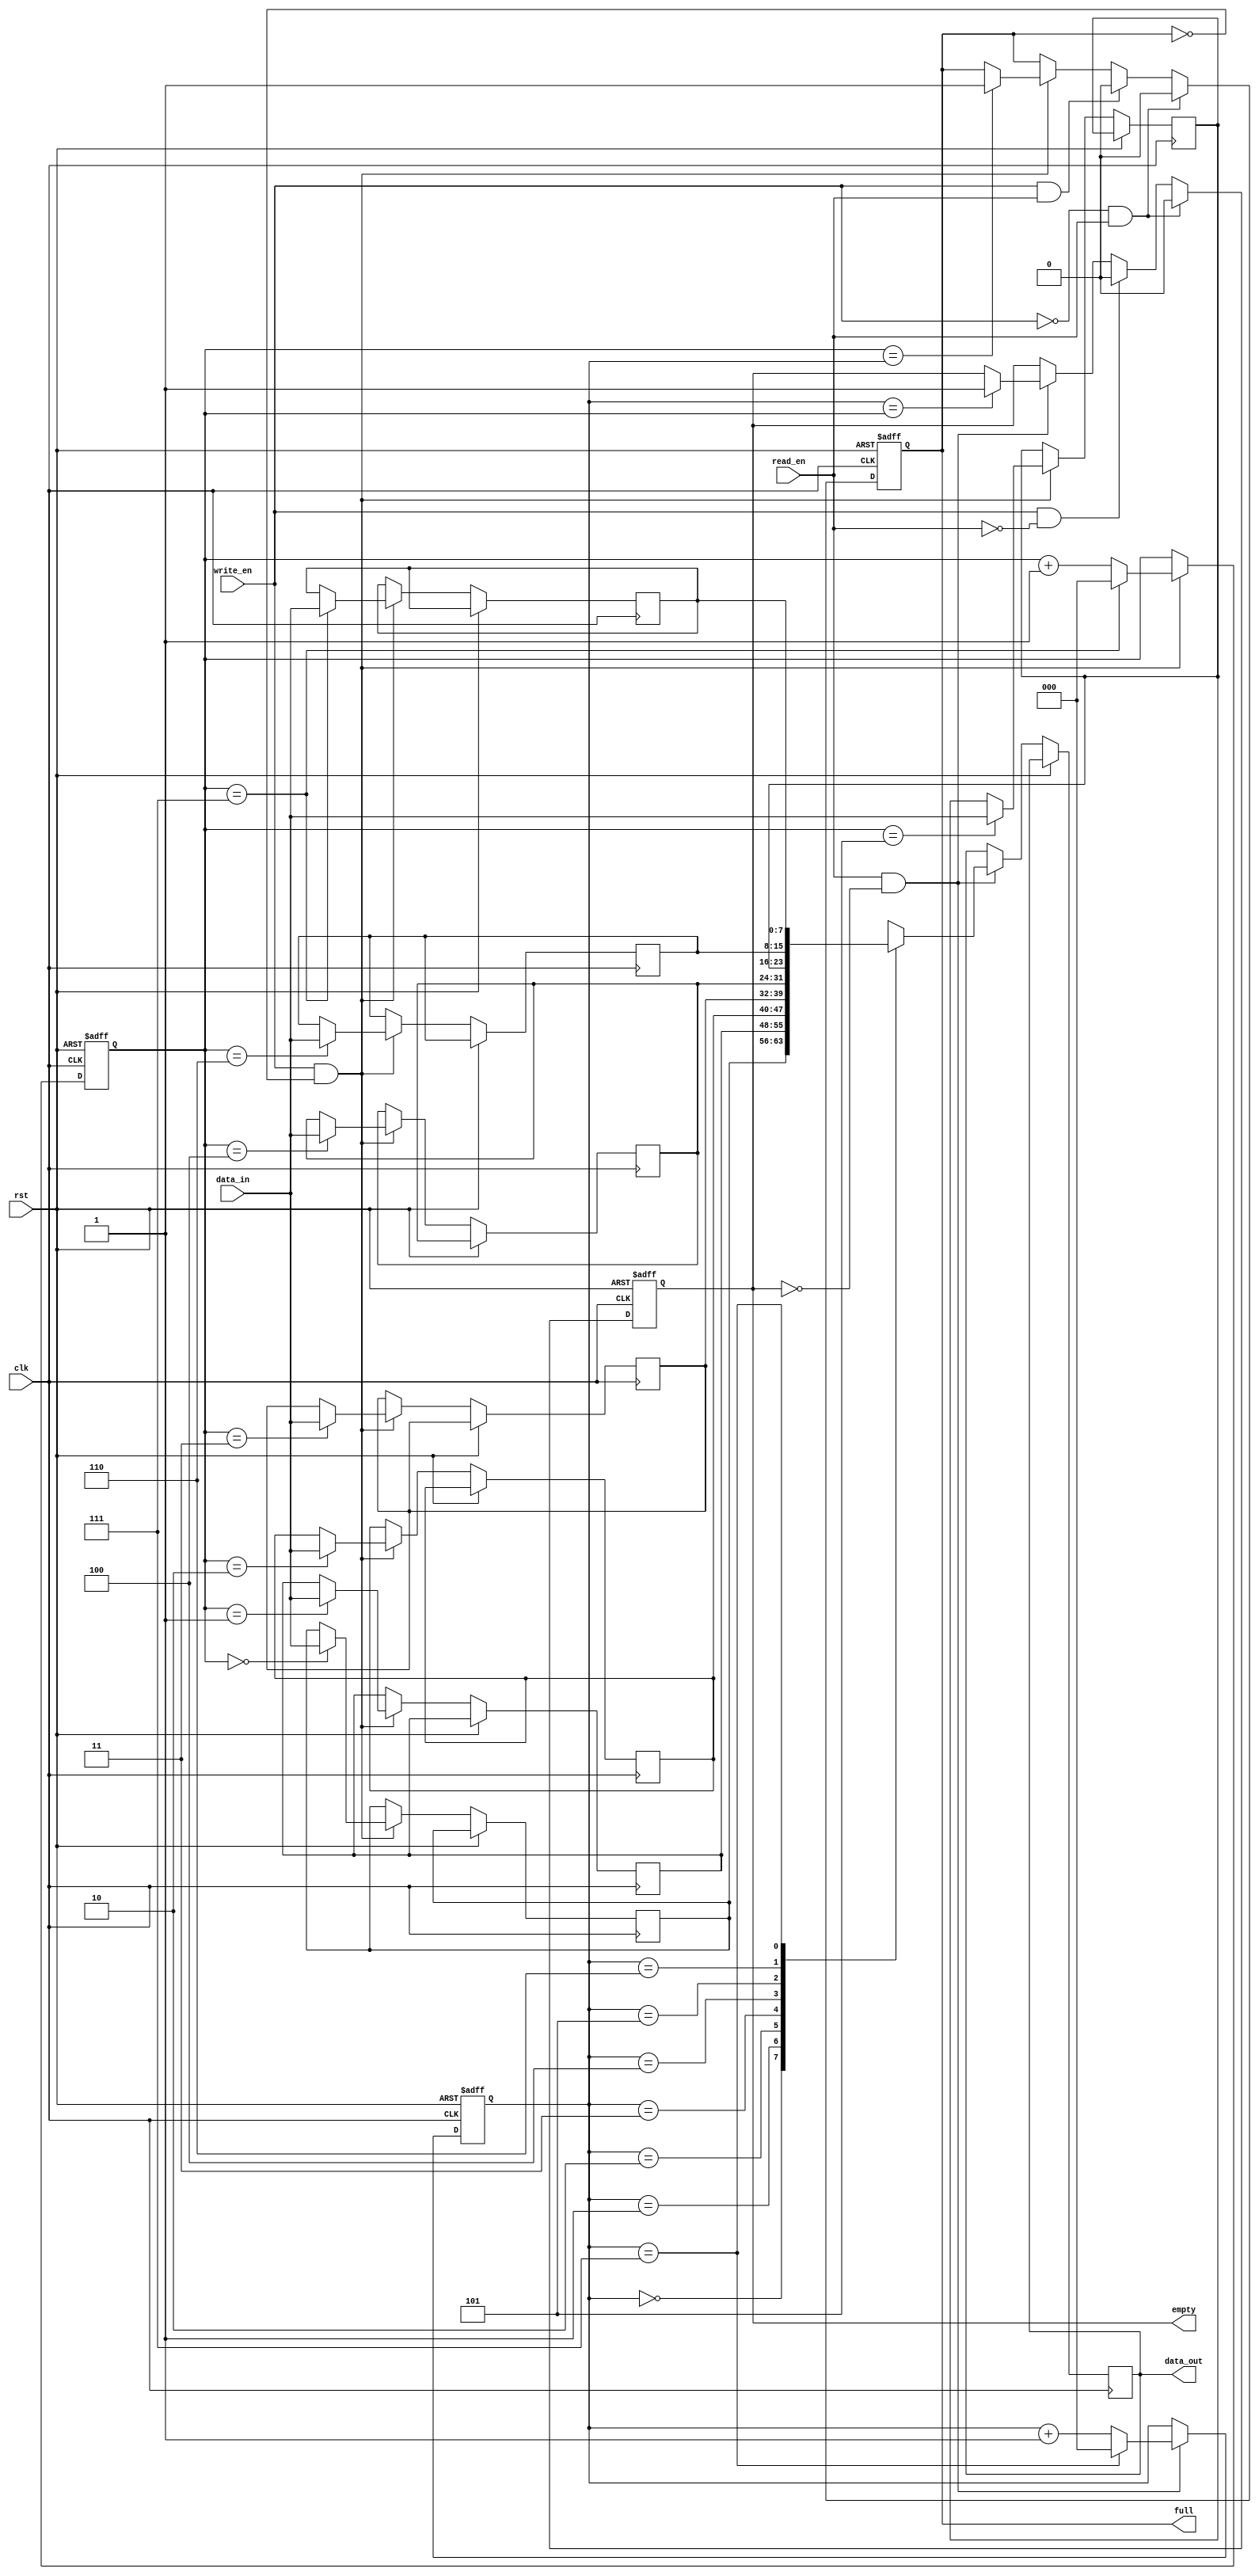
module FIFO (
  input wire clk,
  input wire rst,
  input wire write_en,
  input wire read_en,
  input wire [7:0] data_in,
  output reg [7:0] data_out,
  output reg full,
  output reg empty
);

parameter DEPTH = 8;
reg [7:0] memory [DEPTH-1:0];
reg [2:0] write_ptr;
reg [2:0] read_ptr;

always @(posedge clk or posedge rst)
begin
  if (rst) begin
    write_ptr <= 3'b0;
    read_ptr <= 3'b0;
    full <= 1'b0;
    empty <= 1'b1;
  end
  else begin
    if (write_en && !full) begin
      memory[write_ptr] <= data_in;
      write_ptr <= write_ptr + 1;
      if (write_ptr == DEPTH-1)
        write_ptr <= 3'b0;
      if (write_ptr == read_ptr)
        full <= 1'b1;
    end
    
    if (read_en && !empty) begin
      data_out <= memory[read_ptr];
      read_ptr <= read_ptr + 1;
      if (read_ptr == DEPTH-1)
        read_ptr <= 3'b0;
      if (read_ptr == write_ptr)
        empty <= 1'b1;
    end
    
    if (write_en && read_en)
      full <= 1'b0;
    if (!write_en && read_en)
      full <= 1'b0;
    if (write_en && !read_en)
      empty <= 1'b0;
    if (!write_en && read_en)
      empty <= 1'b0;
  end
end

endmodule